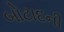
બોટાદની